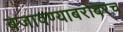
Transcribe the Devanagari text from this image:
बजावण्याबरोबरच